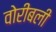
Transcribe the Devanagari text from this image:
वोरीबली